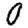
Digit: 0